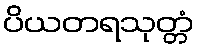
ပိယတရသုတ္တံ